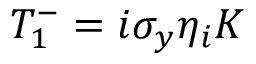
T _ { 1 } ^ { - } = i \sigma _ { y } \eta _ { i } K